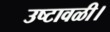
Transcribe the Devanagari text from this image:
उष्टावळी।